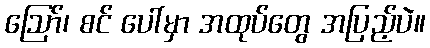
ဩော်၊ စင် ပေါ်မှာ အထုပ်တွေ အပြည့်ပဲ။